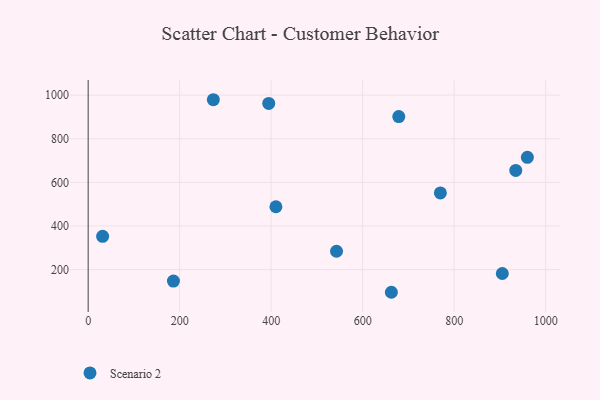
{"axis": {"x": "Experience", "y": "Demand"}, "legend": ["Scenario 2"], "data": [{"x": "31.6", "y": 352.5, "type": "Scenario 2"}, {"x": "394.7", "y": 962.2, "type": "Scenario 2"}, {"x": "960.1", "y": 715.0, "type": "Scenario 2"}, {"x": "934.7", "y": 654.6, "type": "Scenario 2"}, {"x": "905.3", "y": 182.0, "type": "Scenario 2"}, {"x": "769.9", "y": 551.4, "type": "Scenario 2"}, {"x": "542.9", "y": 284.1, "type": "Scenario 2"}, {"x": "273.6", "y": 979.0, "type": "Scenario 2"}, {"x": "662.8", "y": 96.0, "type": "Scenario 2"}, {"x": "410.4", "y": 488.2, "type": "Scenario 2"}, {"x": "679.0", "y": 901.8, "type": "Scenario 2"}, {"x": "186.4", "y": 147.2, "type": "Scenario 2"}]}